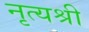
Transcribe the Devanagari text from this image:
नृत्यश्री